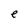
Character: e